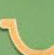
-